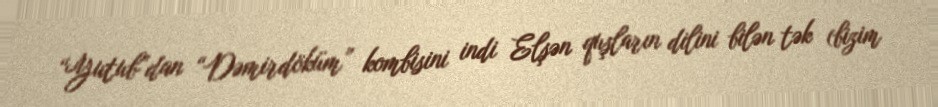
“Yutub”dan “Dəmirdöküm” kombisini indi Elşən quşların dilini bilən tək (bizim